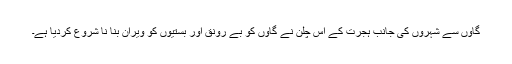
گاؤں سے شہروں کی جانب ہجرت کے اس چلن نے گاؤں کو بے رونق اور بستیوں کو ویران بنا نا شروع کردیا ہے۔